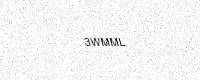
Text: 3WMML